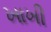
ખાખી